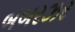
બબરઝર